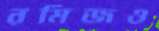
রমিজও